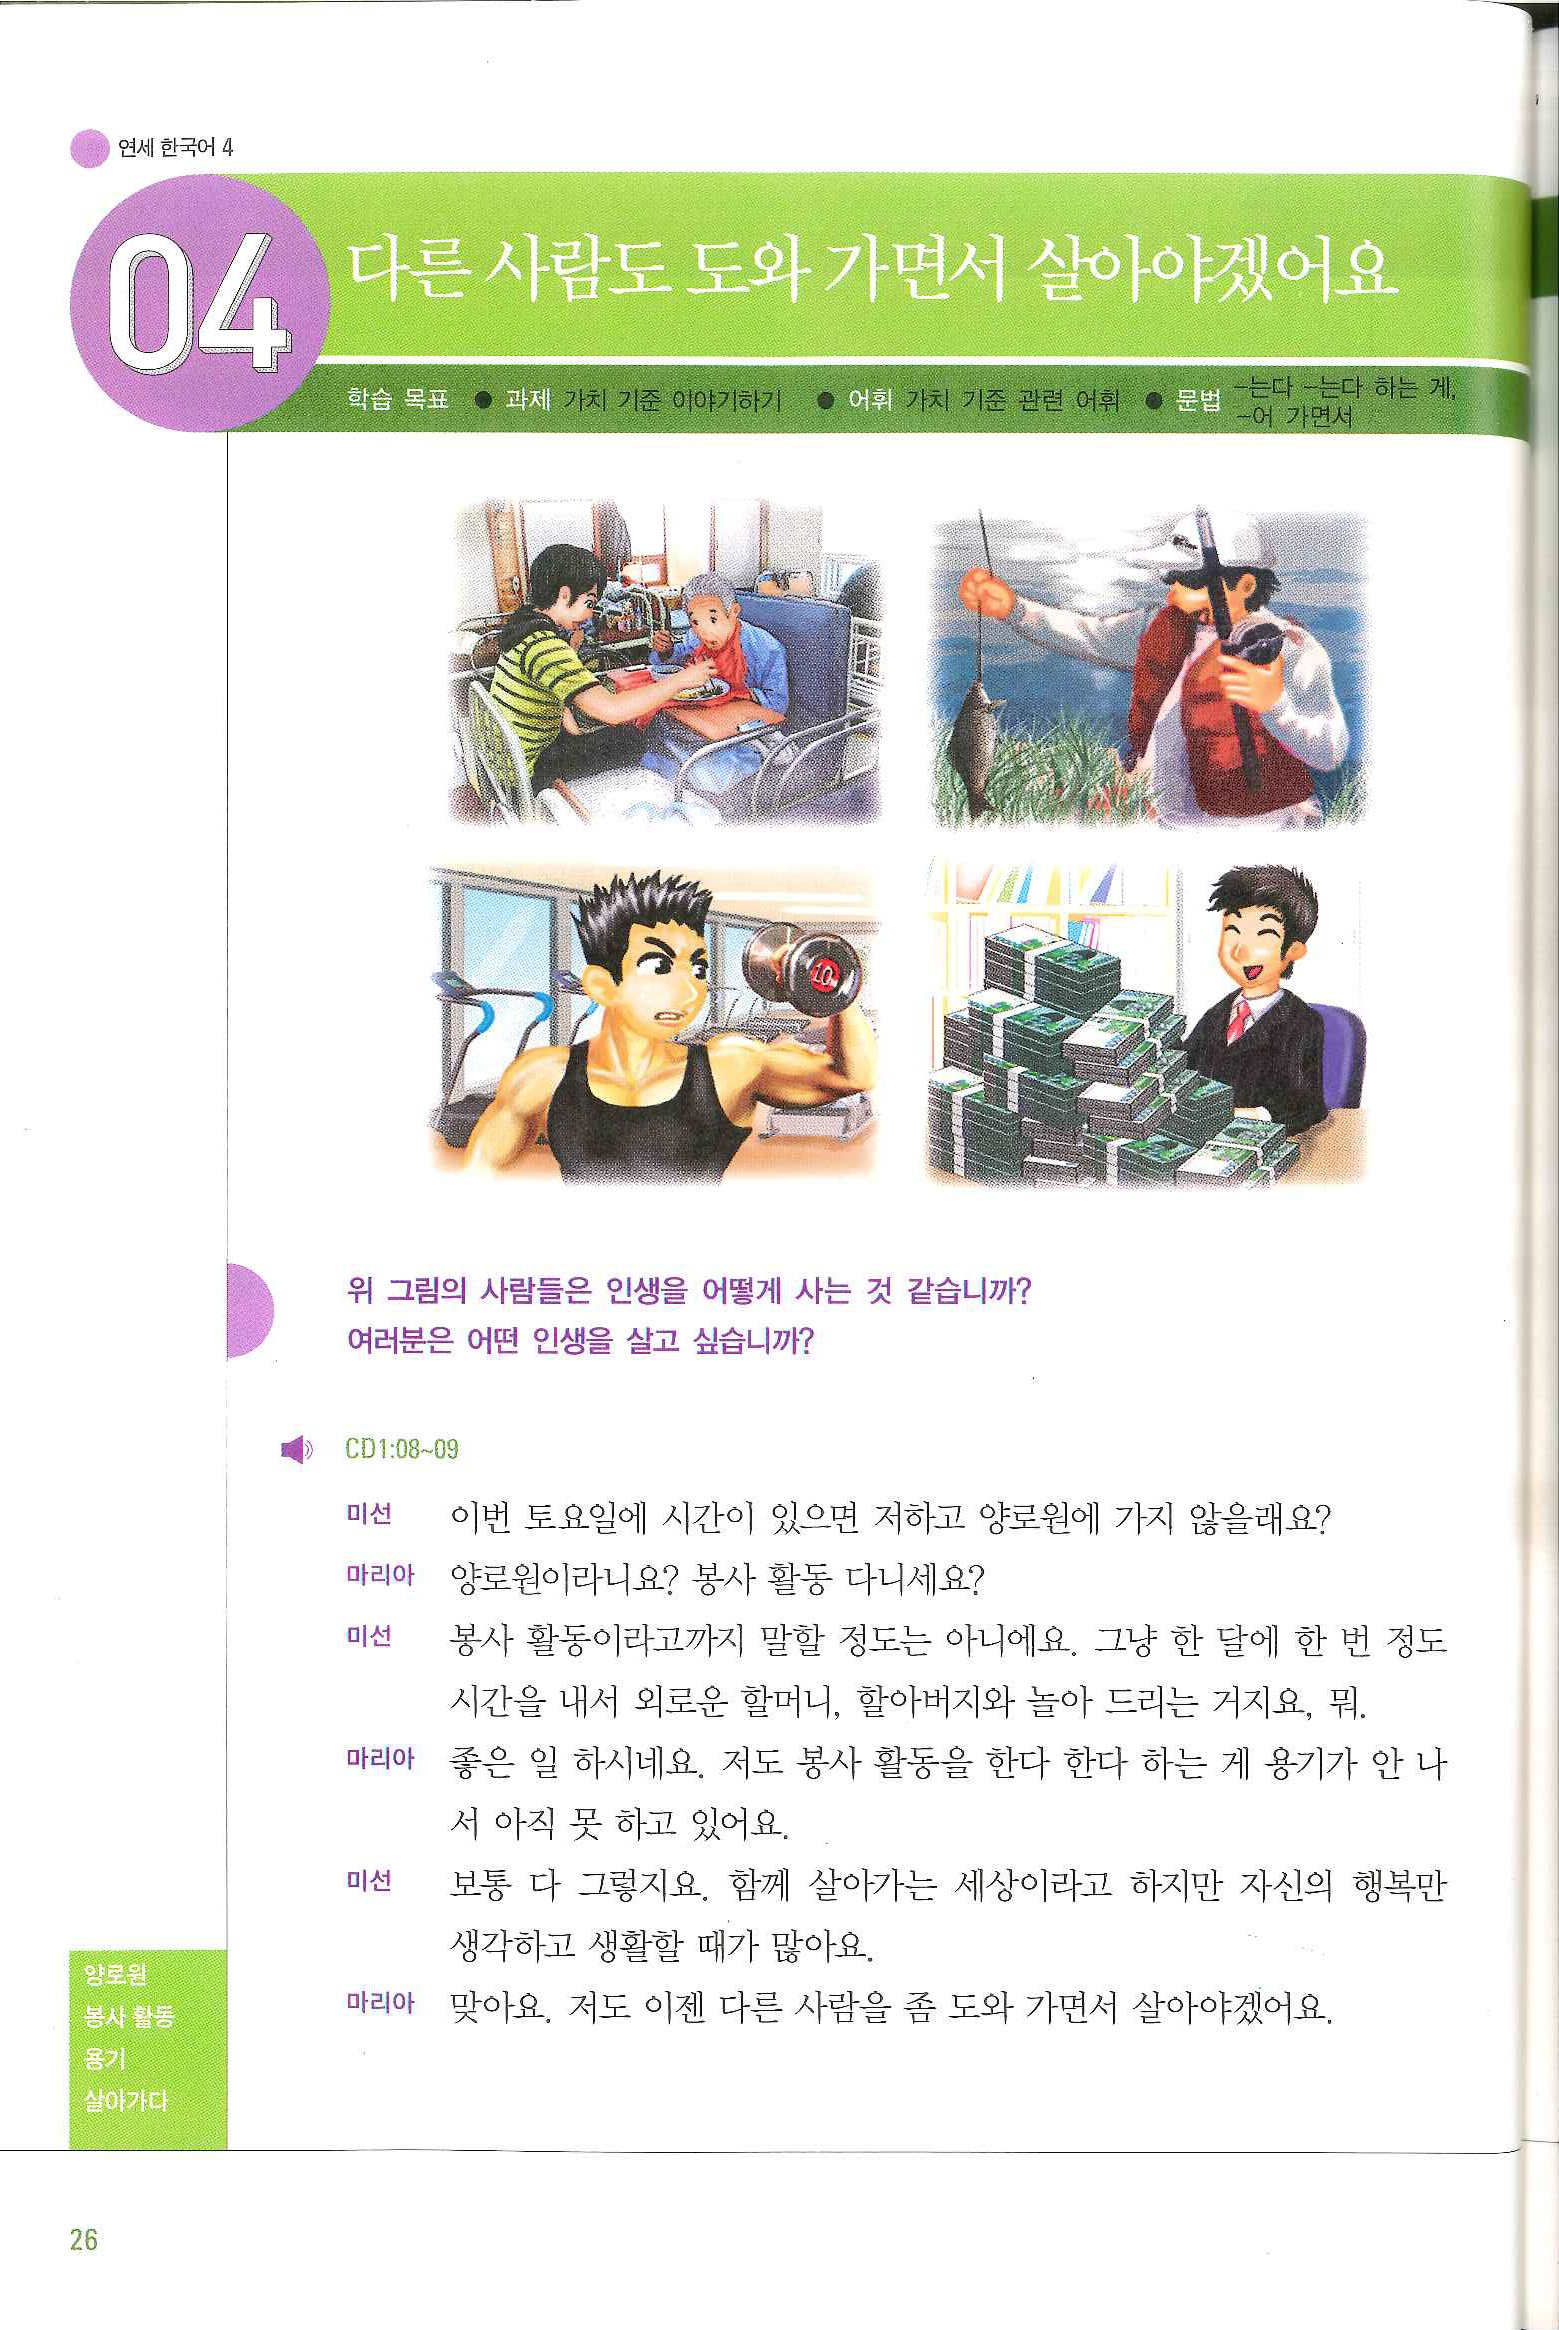
Language: ko